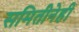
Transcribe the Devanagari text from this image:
समितीनेही